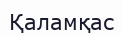
Қаламқас